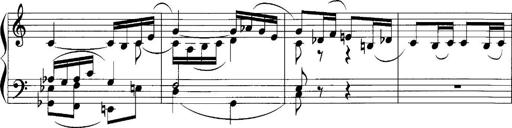
Title: Sonatina No.1
Composer: Otto Stoll
Key: C major